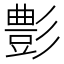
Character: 𮙕